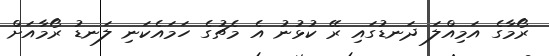
ރޯމާގެ އަމިއްލަ ދަނޑުގައި ރޭ ކުޅުނު އެ މެޗުގެ ހަމައެކަނި ލަނޑު ރޯމާއަށް